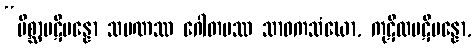
“မိစ္ဆာပဋိပန္နော သမဏဿ ဂေါတမဿ သာဝကသံဃော, ကုဋိလပဋိပန္နော,